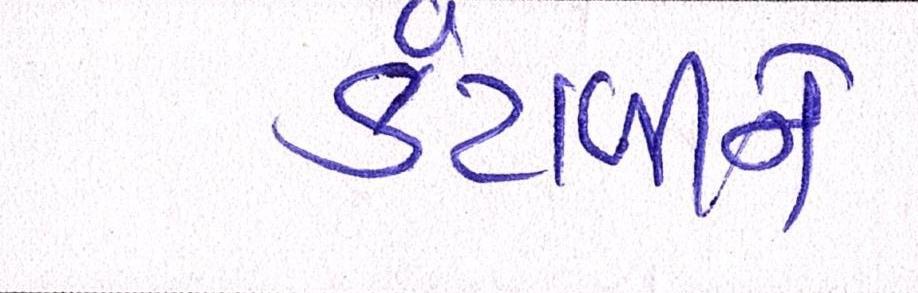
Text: કંટાળીને